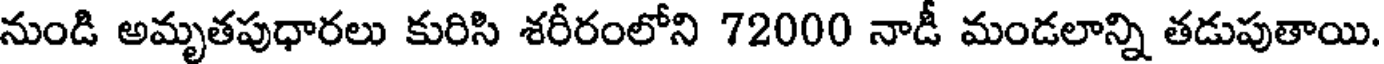
నుండి అమృతపుధారలు కురిసి శరీరంలోని 72000 నాడీ మండలాన్ని తడుపుతాయి